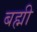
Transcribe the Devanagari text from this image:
बह्मी